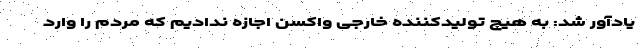
یادآور شد: به هیچ تولیدکننده خارجی واکسن اجازه ندادیم که مردم را وارد